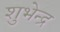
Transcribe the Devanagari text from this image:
शुभेन्द्र